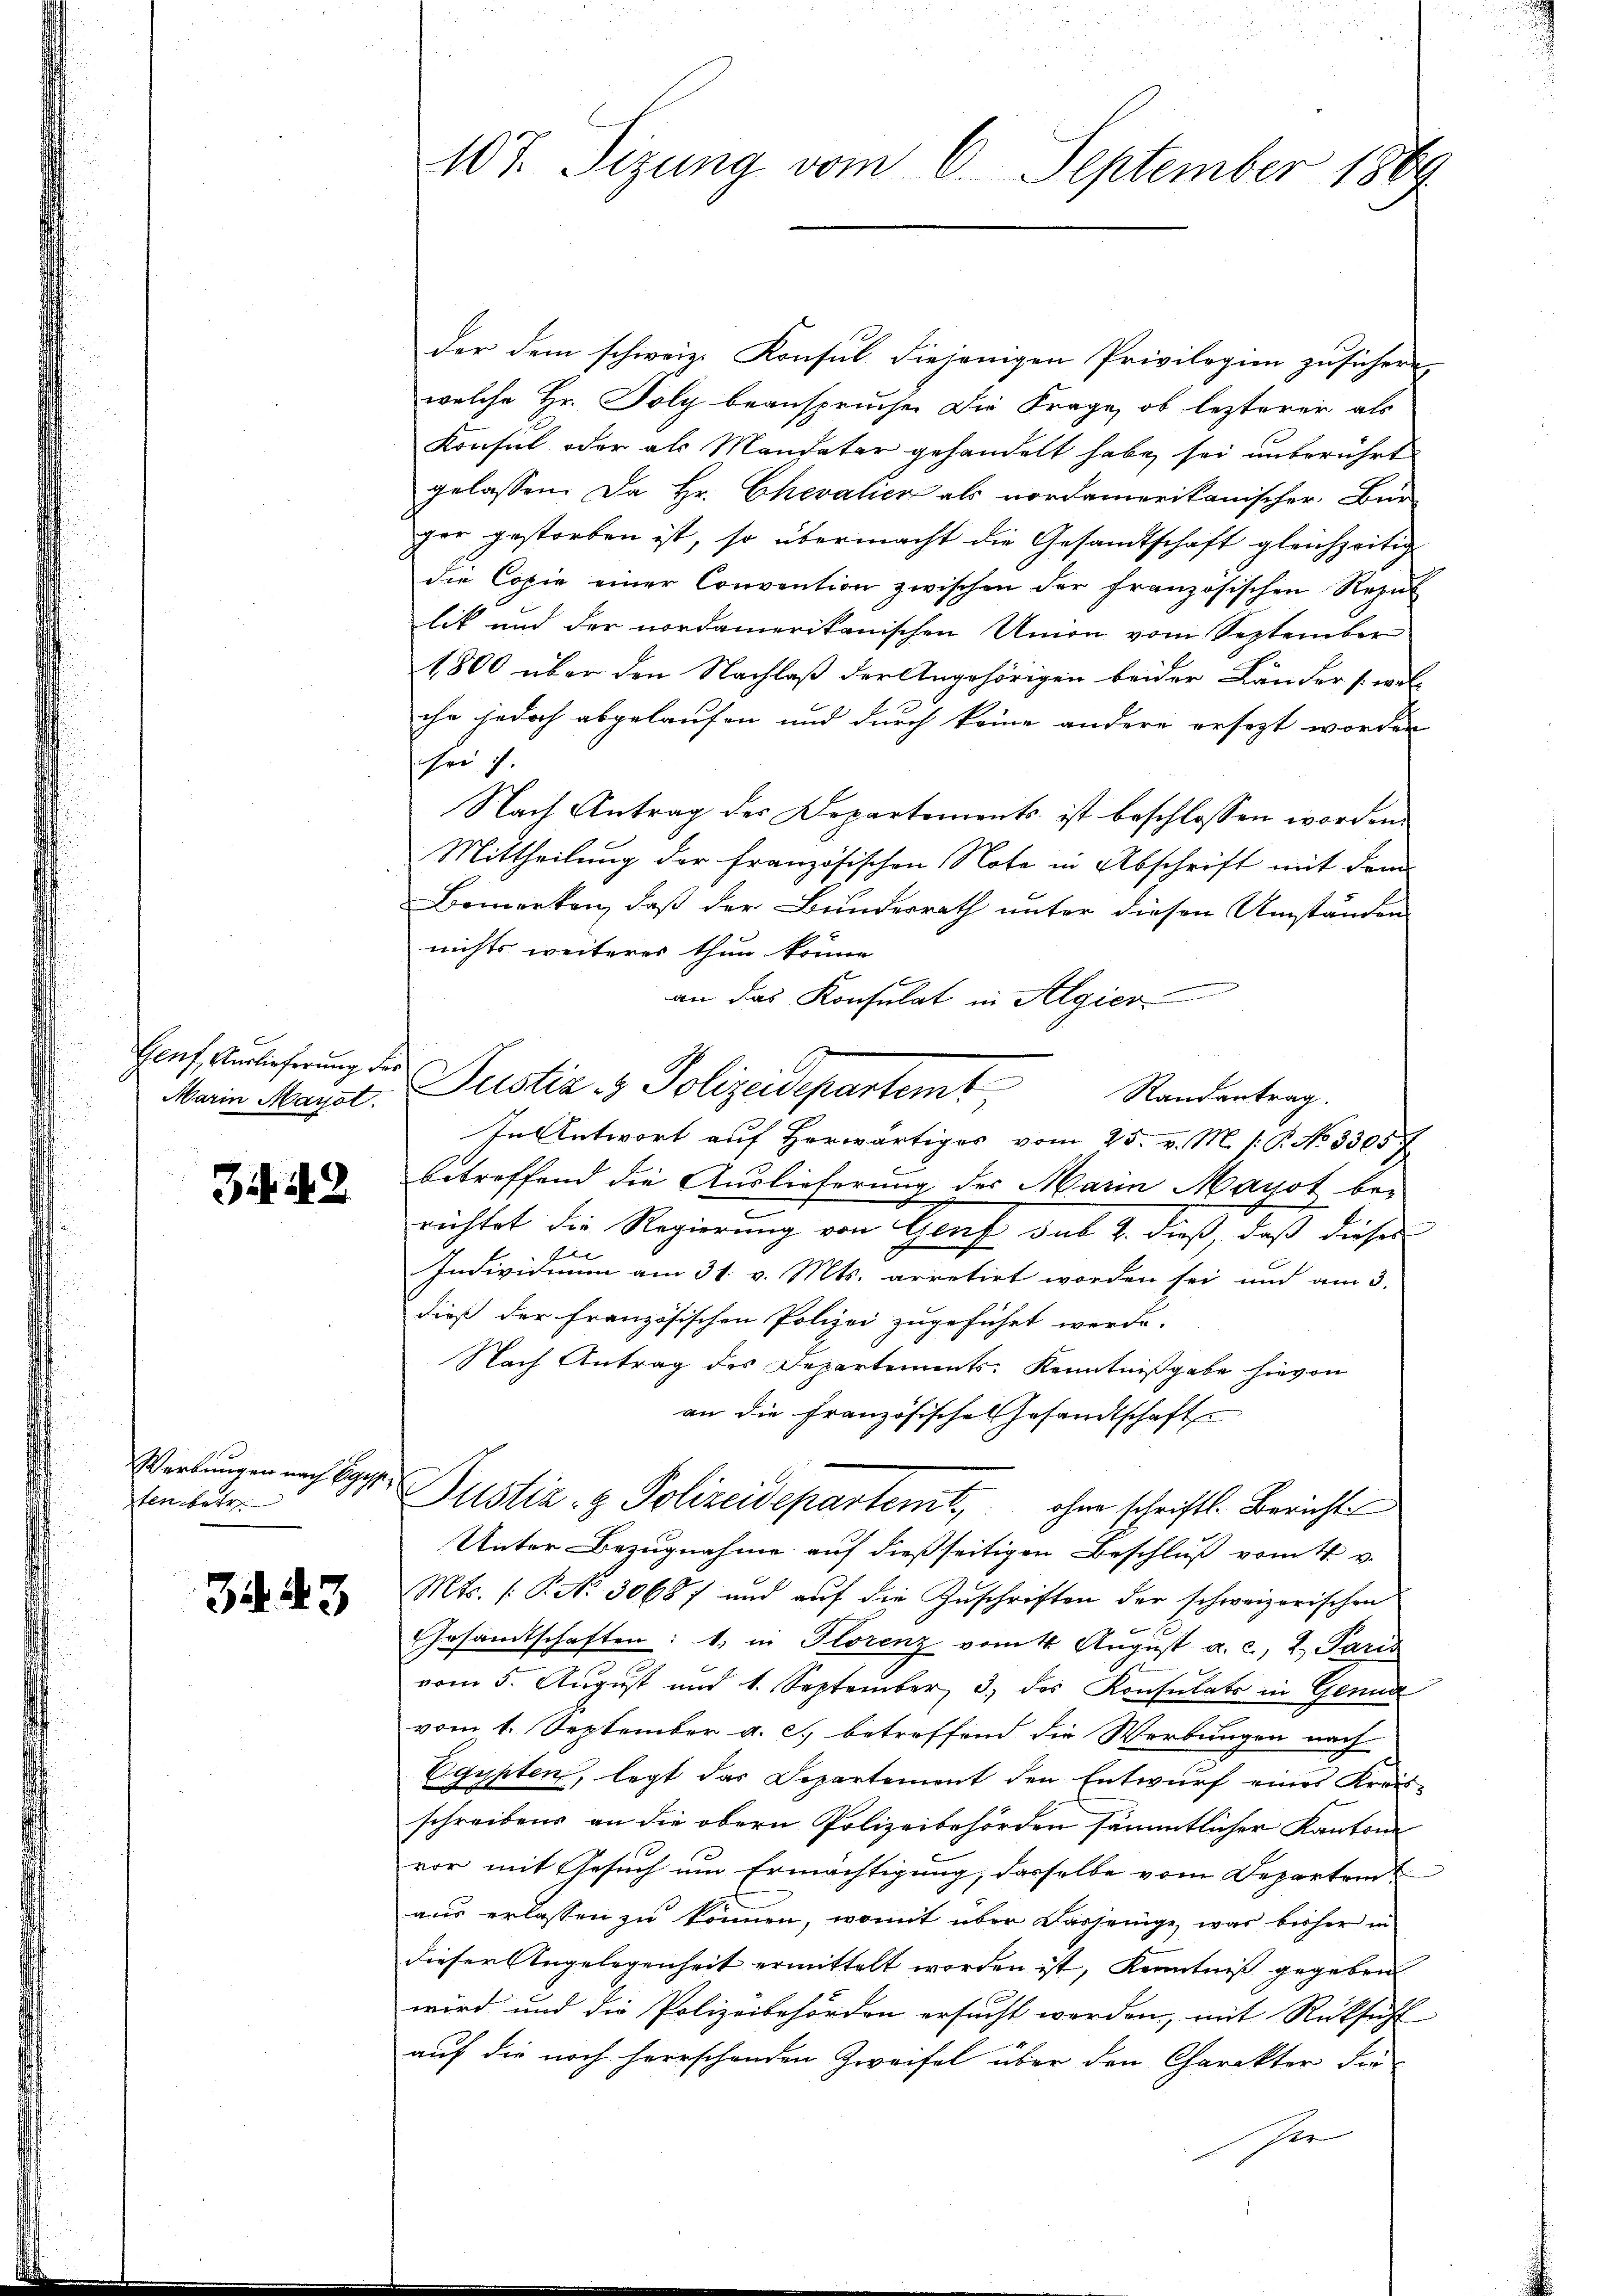
Genf, Verlieferung der

Giit 2

ten betr.

3443

107. Sizung vom 6. September 1869

der dem schweiz. Konsul diejenigen Privilegien zusichern
welche Hr. Poly beanspruchen die Frage, ob lezterer als
Konsul oder als Mandater gehandelt habe sei unberührt
gelassen. Da Hr. Chevalien als nordamerikanischer. Bür-
ger gestorben ist, so übermacht die Gesandtschaft gleichzeitig
die Copie einer Convention zwischen der französischen Rezul
lik und der nordamerikanischen Union vom September
1800 über den Nachlaß der Angehörigen beider Länder [wel-
ihr jedoch abgelaufen und durch keine andere ersezt worden
sheit.
Nach Antrag der Departements ist beschlossen worden.
Mittheilung der französischen Note in Abschrift mit dem
Bemerken, daß der Bunderrath unter diesen Umständen
nichts weiteres thun könne
an das Konsulat in Algier
Marina Maÿst. Justiz & Polizeidepartemt Randantrag.
In Antwort auf Horwärtiges vom 25. v. M. 1. P. No 3305
betreffend die Auslieferung des Marin Mayot berichtet die Regierung von Graf das 4. dieß, daß dieses
Individuum am 31. v. Mts. arretirt worden sei und am 3.
dieß der französischen Polizei zugeführt werde.
Nach Antrag des Departements Kenntnißgabe hievon
an die französische Gesandtschaft
Werbungen nach Egger Justiz- & Polizeidepartemt, ohne schriftl. Berichte
Unter Bezugnahme auf dießseitigen Beschluß vom 4. v.
Mts. (: P. Nr. 30687 und aŭf die Zŭschriften der schweizerischen
Gesandtschaften: 1. in Florenz vom 4 August a. c., 2. Paris
vom 5. August und 1. September 3. des Konsulats in Genua
vom 1. September a. c. betreffend die Werbungen nach
Egypten, legt das Departement den Entwurf eines Kreis-
schreibens an die obern Polizeibehörden sämmtlicher Kantons
vor mit Gesuch um Ermächtigung; dasselbe vom Departen
aus erlassen zu können, womit über dasjenige, was bisher in
dieser Angelegenheit ermittelt worden ist, Kenntniß gegeben
wird und die Polizeibehörden ersucht werden, mit Rücksicht
auf die noch herrschenden Zweifel über den Charakter die
ssi